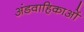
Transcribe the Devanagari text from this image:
अंडवाहिकाओं